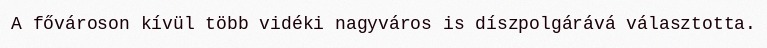
A fővároson kívül több vidéki nagyváros is díszpolgárává választotta.